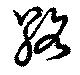
絡